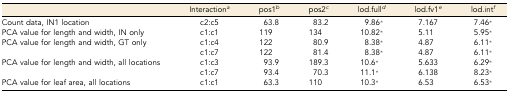
|  | Interactiona | pos1b | pos2c | lod.fulld | lod.fv1e | lod.intf |
 | --- | --- | --- | --- | --- | --- | --- |
 | Count data, IN1 location | c2:c5 | 63.8 | 83.2 | 9.86* | 7.167 | 7.46* |
 | PCA value for length and width, IN only | c1:c1 | 119 | 134 | 10.82* | 5.11 | 5.95* |
 | PCA value for length and width, GT only | c1:c4 | 122 | 80.9 | 8.38* | 4.87 | 6.11* |
 |  | c1:c7 | 122 | 81.4 | 8.38* | 4.87 | 6.11* |
 | PCA value for length and width, all locations | c1:c3 | 93.9 | 189.3 | 10.6* | 5.633 | 6.29* |
 |  | c1:c7 | 93.4 | 70.3 | 11.1* | 6.138 | 8.23* |
 | PCA value for leaf area, all locations | c1:c1 | 63.3 | 110 | 10.3* | 6.53 | 6.53* |